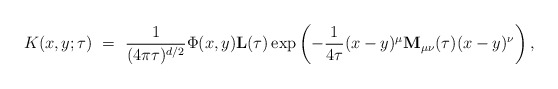
\begin{align*}K(x,y;\tau)\ =\ \frac{1}{(4\pi\tau)^{d/2}}\Phi(x,y){\mathbf L}(\tau) \exp\left(-\frac{1}{4\tau}(x-y)^\mu {\bf M}_{\mu\nu}(\tau) (x-y)^\nu \right),\end{align*}